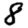
Digit: 8